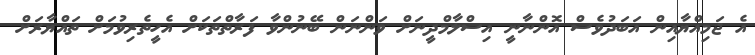
އެ ޖަމިއްޔާއިން އަބަދުވެސް އޮންނާނީ އިސްލާމްދީނަށް ވަންނަން ބޭނުންވާ ފަރާތްތަކަށް އެހީތެރިވުމަށް ތައްޔާރަށް